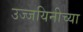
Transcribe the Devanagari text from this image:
उज्जयिनीच्या